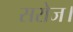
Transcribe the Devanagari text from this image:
सरोज।